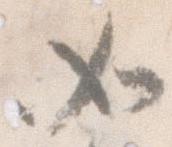
如